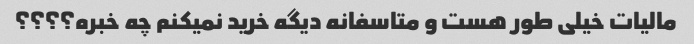
مالیات خیلی طور هست و متاسفانه دیگه خرید نمیکنم چه خبره؟؟؟؟